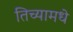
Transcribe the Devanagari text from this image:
तिच्यामधे